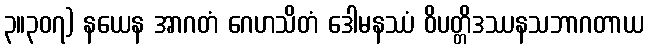
၃။၃၀၇) နယေန အာဂတံ ဂေဟသိတံ ဒေါမနဿံ ဝိပတ္တိဒဿနသဘာဂတာယ